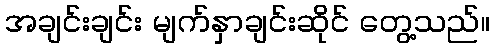
အချင်းချင်း မျက်နှာချင်းဆိုင် တွေ့သည်။